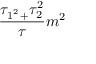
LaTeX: \frac { \tau _ { 1 ^ { ^ { 2 } } + } \tau _ { 2 } ^ { 2 } } { \tau } m ^ { 2 }